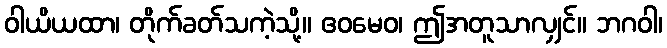
ဝါယိယထာ၊ တိုက်ခတ်သကဲ့သို့။ ဧဝမေဝ၊ ဤအတူသာလျှင်။ ဘဂဝါ၊